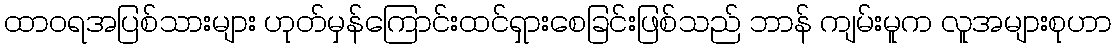
ထာဝရအပြစ်သားများ ဟုတ်မှန်ကြောင်းထင်ရှားစေခြင်းဖြစ်သည် ဘာန် ကျမ်းမူက လူအများစုဟာ